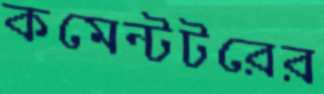
কমেন্টটরের